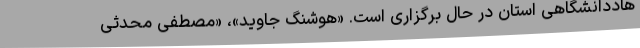
هاددانشگاهی استان در حال برگزاری است. «هوشنگ جاوید»، «مصطفی محدثی